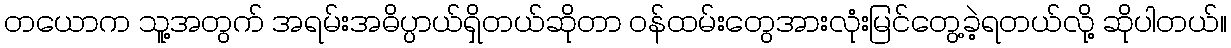
တယောက သူ့အတွက် အရမ်းအဓိပ္ပာယ်ရှိတယ်ဆိုတာ ဝန်ထမ်းတွေအားလုံးမြင်တွေ့ခဲ့ရတယ်လို့ ဆိုပါတယ်။